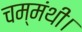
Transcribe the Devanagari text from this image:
चम्मंथी।